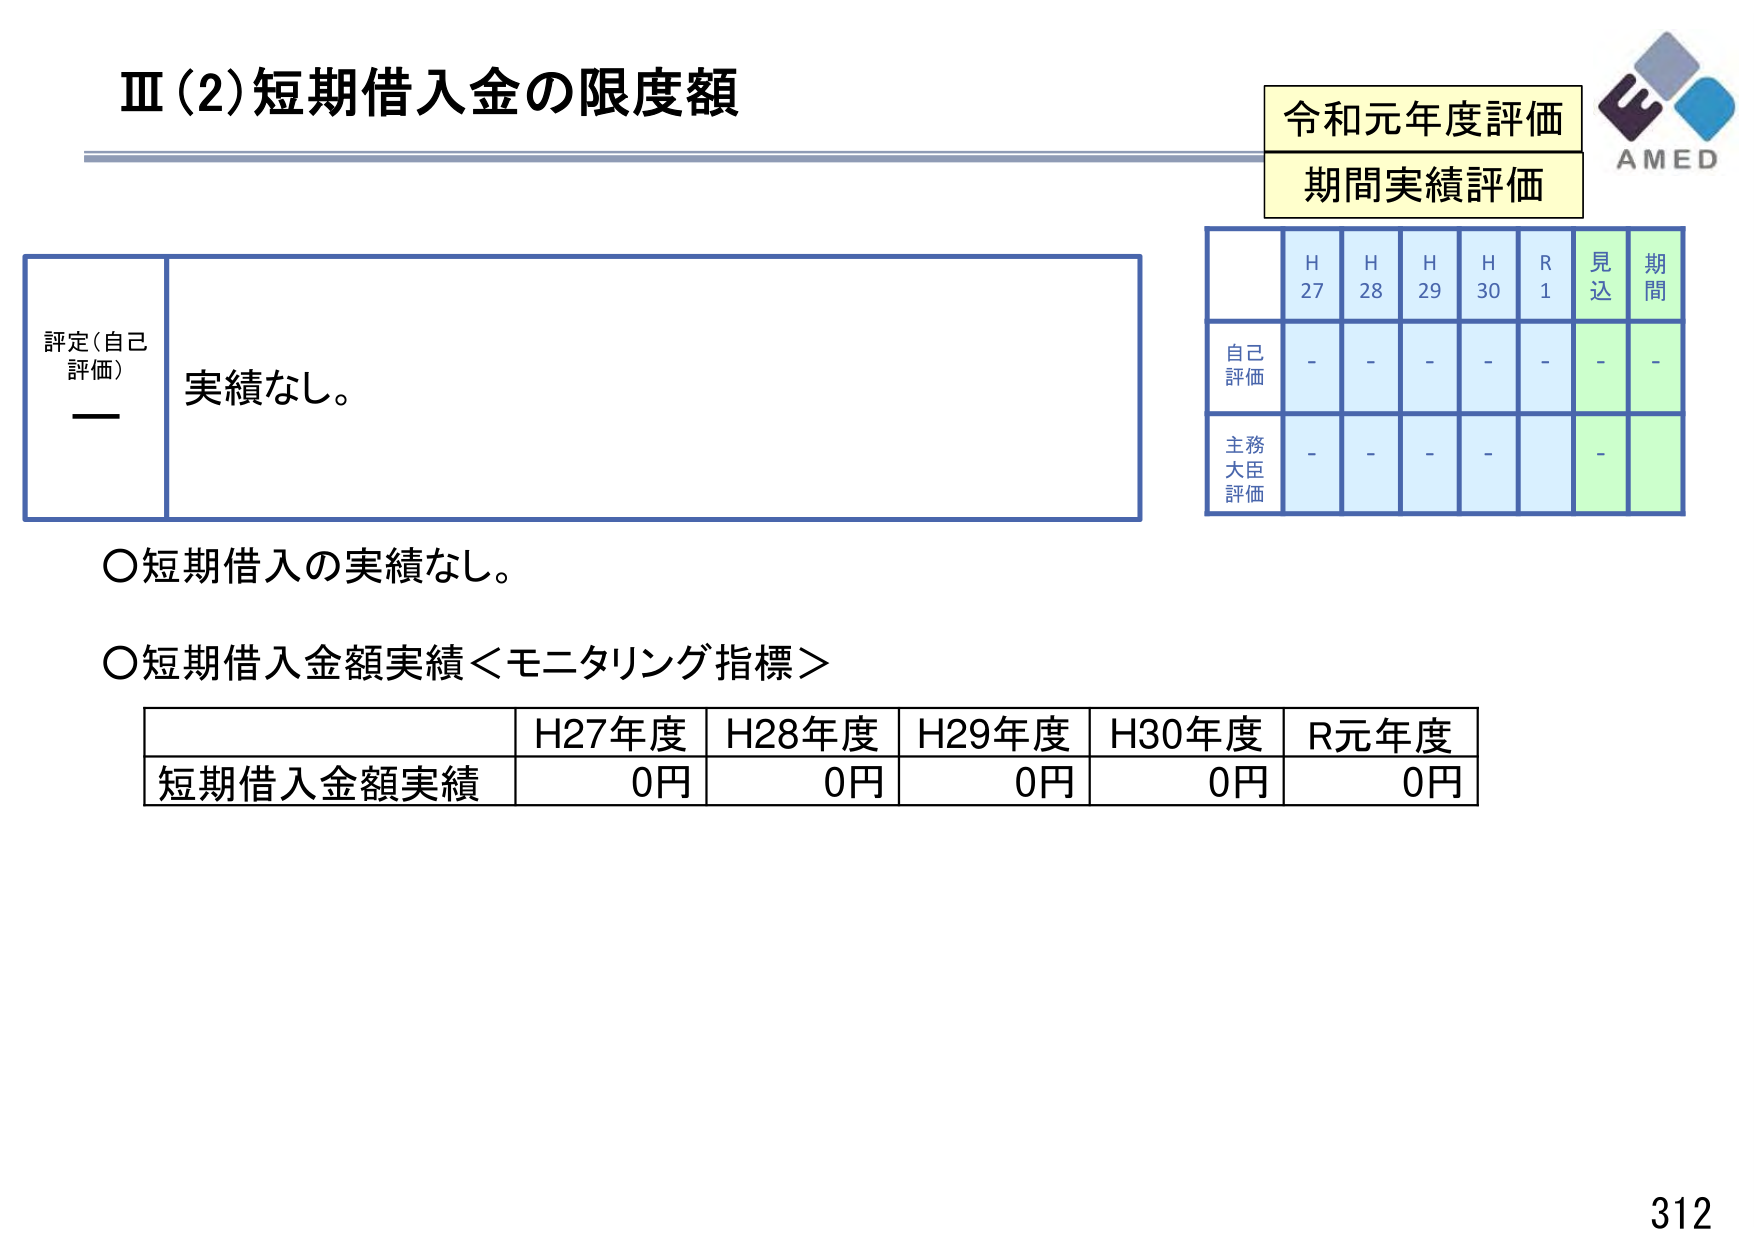
Ⅲ(2)短期借入金の限度額

令和元年度評価
期間実績評価

評定(自己評価)
実績なし。

H27 H28 H29 H30 R1 見込 期間
自己評価 - - - - - - -
主務大臣評価 - - - - - -

○短期借入の実績なし。
○短期借入金額実績＜モニタリング指標＞

H27年度 H28年度 H29年度 H30年度 R元年度
短期借入金額実績 0円 0円 0円 0円 0円

AMED
312